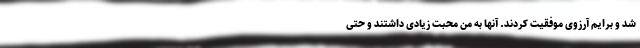
شد و برایم آرزوی موفقیت کردند. آنها به من محبت زیادی داشتند و حتی